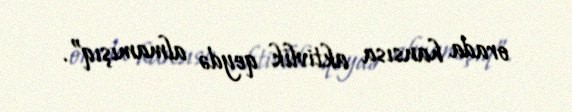
orada hansısa aktivlik qeydə almamışıq”.